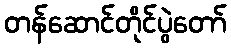
တန်ဆောင်တိုင်ပွဲတော်